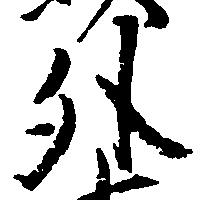
外